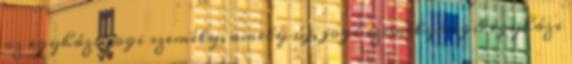
az egyházi jogi személy, amely új, jogi személyiségű egyházi